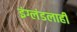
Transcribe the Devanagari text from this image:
इंग्लंडलाही